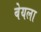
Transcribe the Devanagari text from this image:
बेयला